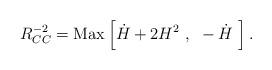
LaTeX: \begin{align*}R_{CC}^{-2} = {\rm Max} \left[ \dot{H} + 2 H^2~, ~ - \dot{H}~\right].\end{align*}